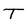
Character: T